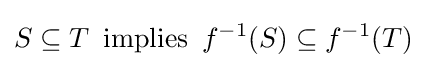
S\subseteq T\,{\text{ implies }}\,f^{-1}(S)\subseteq f^{-1}(T)